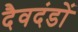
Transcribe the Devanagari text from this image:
दैवदंडों